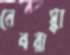
নেবরাস্কা